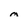
Character: m